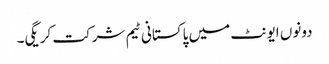
دونوں ایونٹ میں پاکستانی ٹیم شرکت کریگی۔